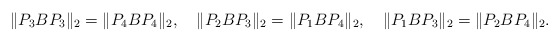
\begin{align*}\| P_3 B P_3 \|_2 = \| P_4 B P_4 \|_2,\quad\| P_2 B P_3 \|_2 = \| P_1 B P_4 \|_2, \quad\| P_1 B P_3 \|_2 = \| P_2 B P_4 \|_2.\end{align*}